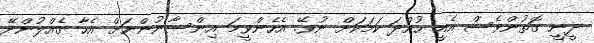
ދީނީ ގޮތުންވެސް އެއީ ހުއްދަ ކަމަކަށް ނުވޭ. އެހެންވީމަ އިންސާނުންނަށް އެހާ ގެއްލުންދޭ